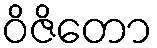
ဝိဇိတော